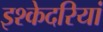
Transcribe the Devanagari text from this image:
इश्केदरियां